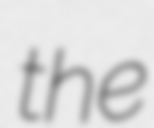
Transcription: the